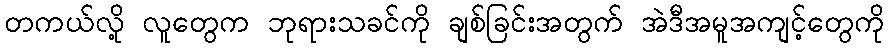
တကယ်လို့ လူတွေက ဘုရားသခင်ကို ချစ်ခြင်းအတွက် အဲဒီအမူအကျင့်တွေကို